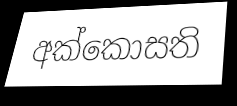
අක්කොසති